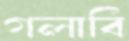
গলাবি